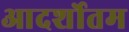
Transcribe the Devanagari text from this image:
आदर्शोतम